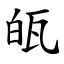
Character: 㼟